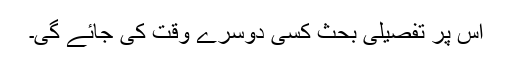
اس پر تفصیلی بحث کسی دوسرے وقت کی جائے گی۔